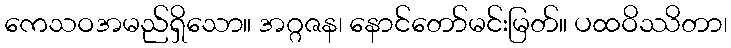
ကေသဝအမည်ရှိသော။ အဂ္ဂဇန၊ နောင်တော်မင်းမြတ်။ ပထဝိဿိတာ၊